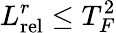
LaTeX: L_{\mathrm{rel}}^{r}\leq T_{F}^{2}